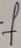
Text: f